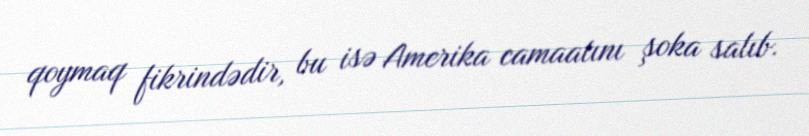
qoymaq fikrindədir, bu isə Amerika camaatını şoka salıb.